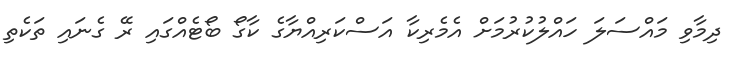
ދިމާވި މައްސަލަ ހައްލުކުރުމަށް އެމެރިކާ އަސްކަރިއްޔާގެ ކާގޯ ބޯޓެއްގައި ރޭ ގެނައި ތަކެތި